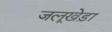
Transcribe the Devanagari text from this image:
जलूखेड़ा